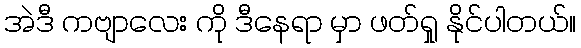
အဲဒီ ကဗျာလေး ကို ဒီနေရာ မှာ ဖတ်ရှု နိုင်ပါတယ်။